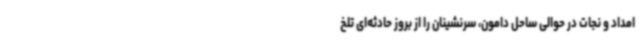
امداد و نجات در حوالی ساحل دامون، سرنشینان را از بروز حادثه‌ای تلخ